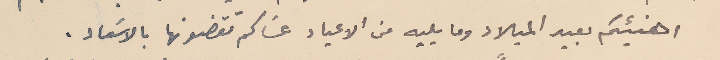
اهنيئكم بعيد الميلاد وما يليه من الاعياد عسَاكم تقضونها بالاسَعاد.